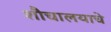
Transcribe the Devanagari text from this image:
शौचालयाचे